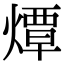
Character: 燂